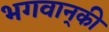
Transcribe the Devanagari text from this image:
भगवान्‌की